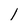
Character: l